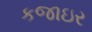
કજાઇર